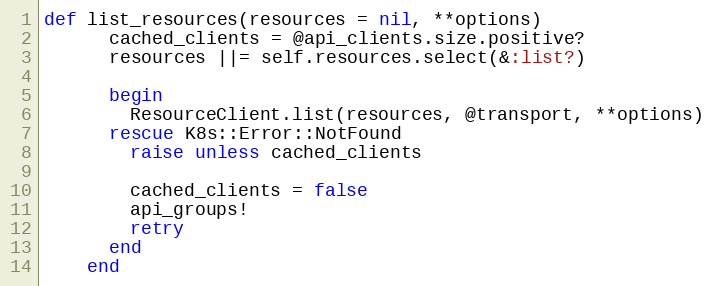
Language: Ruby
def list_resources(resources = nil, **options)
      cached_clients = @api_clients.size.positive?
      resources ||= self.resources.select(&:list?)

      begin
        ResourceClient.list(resources, @transport, **options)
      rescue K8s::Error::NotFound
        raise unless cached_clients

        cached_clients = false
        api_groups!
        retry
      end
    end